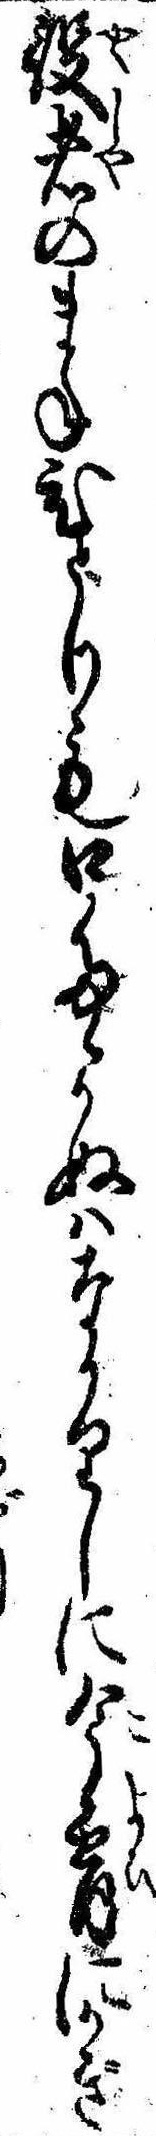
役者のまねひとりも口たゝかぬはなかりしに今宵にかぎ